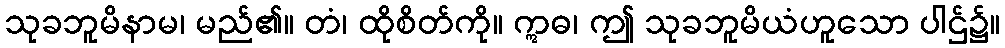
သုခဘူမိနာမ၊ မည်၏။ တံ၊ ထိုစိတ်ကို။ ဣဓ၊ ဤ သုခဘူမိယံဟူသော ပါဌ်၌။